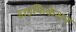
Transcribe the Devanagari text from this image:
डाइफिकेशन